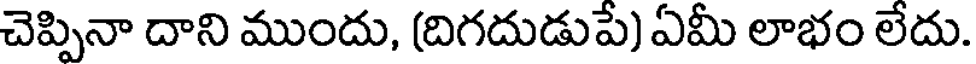
చెప్పినా దాని ముందు, (దిగదుడుపే) ఏమీ లాభం లేదు.